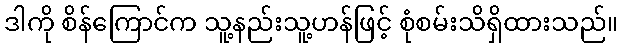
ဒါကို စိန်ကြောင်က သူ့နည်းသူ့ဟန်ဖြင့် စုံစမ်းသိရှိထားသည်။